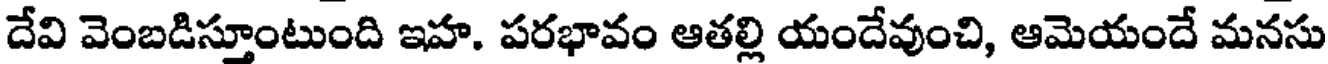
దేవి వెంబడిస్తూంటుంది ఇహ. పరభావం ఆతల్లి యందేవుంచి, ఆమెయందే మనసు